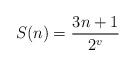
LaTeX: \begin{align*}S(n) = \frac{3n+1}{2^v}\end{align*}